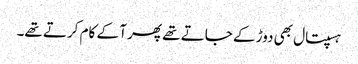
ہسپتال بھی دوڑ کے جاتے تھے پھر آ کے کام کرتے تھے۔